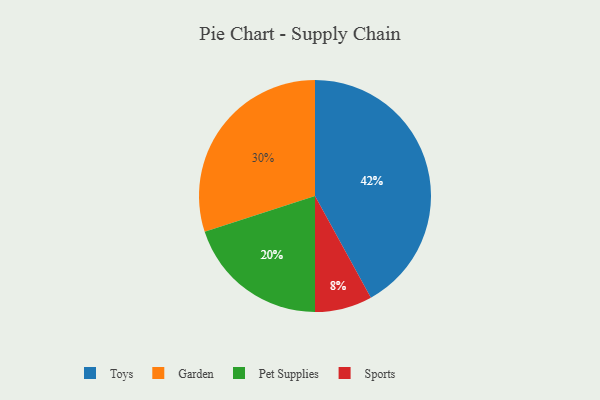
{"axis": {"x": "Category", "y": "Percentage"}, "legend": ["Garden", "Pet Supplies", "Sports", "Toys"], "data": [{"x": "Toys", "y": 42, "type": "Toys"}, {"x": "Garden", "y": 30, "type": "Garden"}, {"x": "Pet Supplies", "y": 20, "type": "Pet Supplies"}, {"x": "Sports", "y": 8, "type": "Sports"}]}